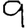
Digit: 9